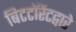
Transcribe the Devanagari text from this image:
बिटटॉरेंटद्वारे